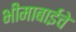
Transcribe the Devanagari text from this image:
भीमाबाईंचे